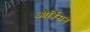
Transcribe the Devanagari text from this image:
और्बिसन